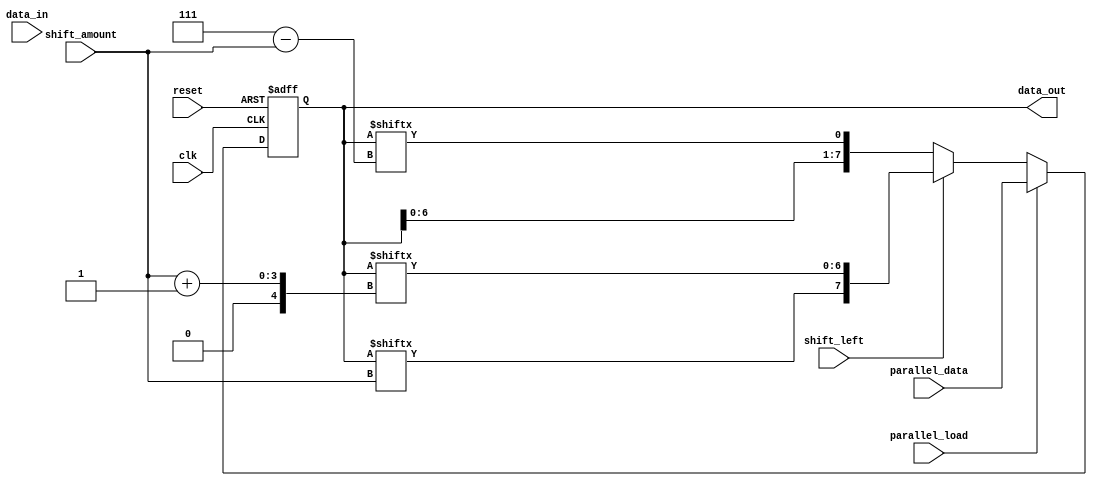
module universal_shift_register (
    input wire clk,
    input wire reset,
    input wire shift_left,
    input wire [2:0] shift_amount,
    input wire parallel_load,
    input wire [7:0] parallel_data,
    input wire data_in,
    output reg [7:0] data_out
);

reg [7:0] shift_reg;

always @(posedge clk or posedge reset) begin
    if (reset) begin
        shift_reg <= 8'h00;
    end else begin
        if (parallel_load) begin
            shift_reg <= parallel_data;
        end else begin
            if (shift_left) begin
                shift_reg <= {shift_reg[shift_amount[2:0]], shift_reg[7:shift_amount[2:0]+1]};
            end else begin
                shift_reg <= {shift_reg[7-shift_amount[2:0]+1:0], shift_reg[7-shift_amount[2:0]]};
            end
        end
    end
end

assign data_out = shift_reg;

endmodule